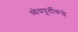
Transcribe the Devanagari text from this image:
ध्येयपूर्तीकडे